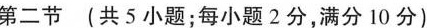
第二节 (共 5 小题;每小题 2分,满分 10 分)